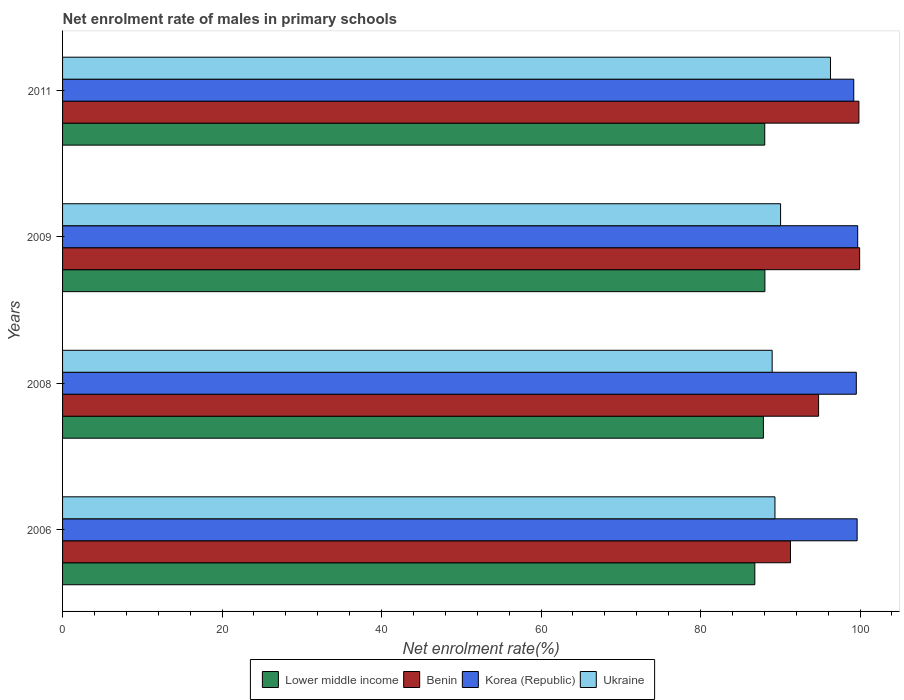
| Years | Lower middle income | Benin | Korea (Republic) | Ukraine |
 | --- | --- | --- | --- | --- |
 | 2006 | 86.8 | 91.3 | 99.6 | 89.3 |
 | 2008 | 87.9 | 94.8 | 99.5 | 89 |
 | 2009 | 88.1 | 100 | 99.7 | 90 |
 | 2011 | 88.1 | 99.9 | 99.2 | 96.3 |